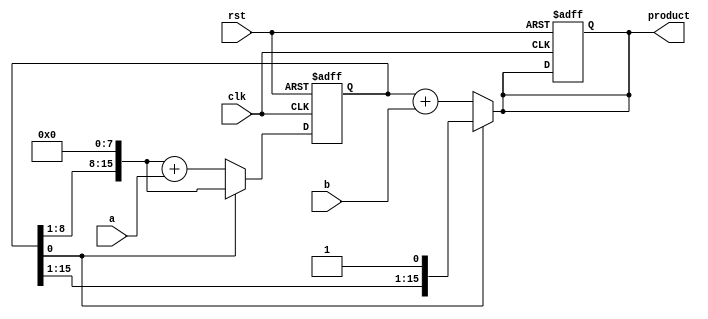
module multiplier (
    input wire clk,
    input wire rst,
    input wire [7:0] a,
    input wire [7:0] b,
    output reg [15:0] product
);

reg [15:0] partial_product;

always @(posedge clk or posedge rst) begin
    if (rst) begin
        partial_product <= 16'b0;
        product <= 16'b0;
    end else begin
        if (partial_product[0] == 1) begin
            partial_product <= {partial_product[15], partial_product[14:1], 8'b0}; // Shift left
        end else begin
            partial_product <= {partial_product[15], partial_product[14:1], 8'b0} + a; // Add a to partial product
        end
    end
end

always @(*) begin
    if (partial_product[0] == 1) begin
        product = partial_product;
    end else begin
        product = partial_product + b; // Add b to partial product to get final product
    end
end

endmodule